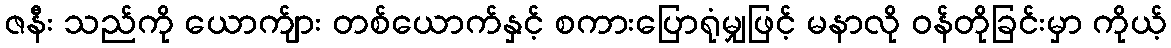
ဇနီး သည်ကို ယောက်ျား တစ်ယောက်နှင့် စကားပြောရုံမျှဖြင့် မနာလို ဝန်တိုခြင်းမှာ ကိုယ့်